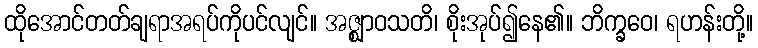
ထိုအောင်တတ်ချရာအရပ်ကိုပင်လျင်။ အဇ္ဈာဝသတိ၊ စိုးအုပ်၍နေ၏။ ဘိက္ခဝေ၊ ရဟန်းတို့။